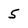
Character: 5